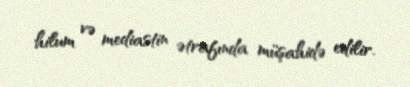
hilum və mediastin ətrafında müşahidə edilir.